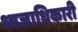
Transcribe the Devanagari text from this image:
ध्वजाधिकारी